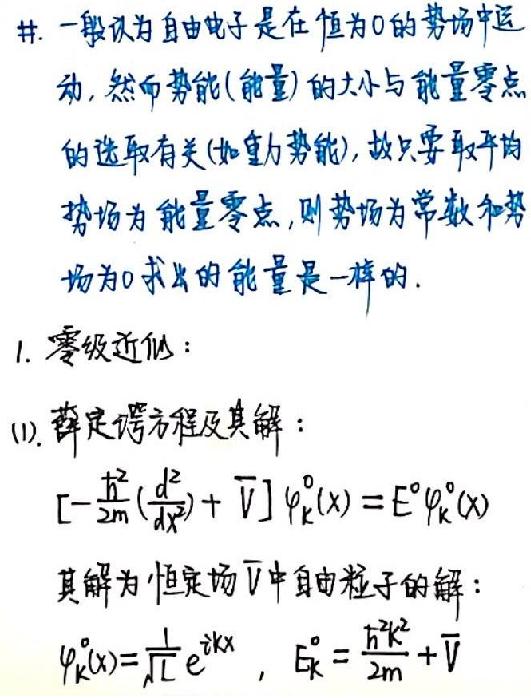
#. 一般认为自由电子是在恒为0的势场中运动，然而势能(能量)的大小与能量零点的选取有关(如重力势能)，故只要取平均势场为能量零点，则势场为常数和势场为0求出的能量是一样的.
1. 零级近似：
(1). 薛定谔方程及其解：
\([-\frac{\hbar^{2}}{2m}(\frac{d^{2}}{dx^{2}}) + \overline{V}]\varphi_{k}^{0}(x)=E^{0}\varphi_{k}^{0}(x)\)
其解为恒定场\(\overline{V}\)中自由粒子的解：
\(\varphi_{k}^{0}(x)=\frac{1}{\sqrt{L}}e^{ikx}\)，\(E_{k}^{0}=\frac{\hbar^{2}k^{2}}{2m}+\overline{V}\)